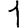
Digit: 1